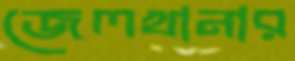
জেলখানার